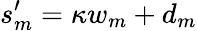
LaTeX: s_{m}^{\prime}=\kappa w_{m}+d_{m}